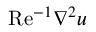
\mathrm { R e } ^ { - 1 } \boldsymbol { \nabla } ^ { 2 } u